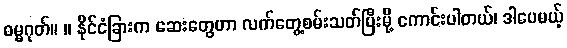
ဓမ္မဂုတ်။ ။ နိုင်ငံခြားက ဆေးတွေဟာ လက်တွေ့စမ်းသတ်ပြီးမို့ ကောင်းပါတယ်၊ ဒါပေမယ့်